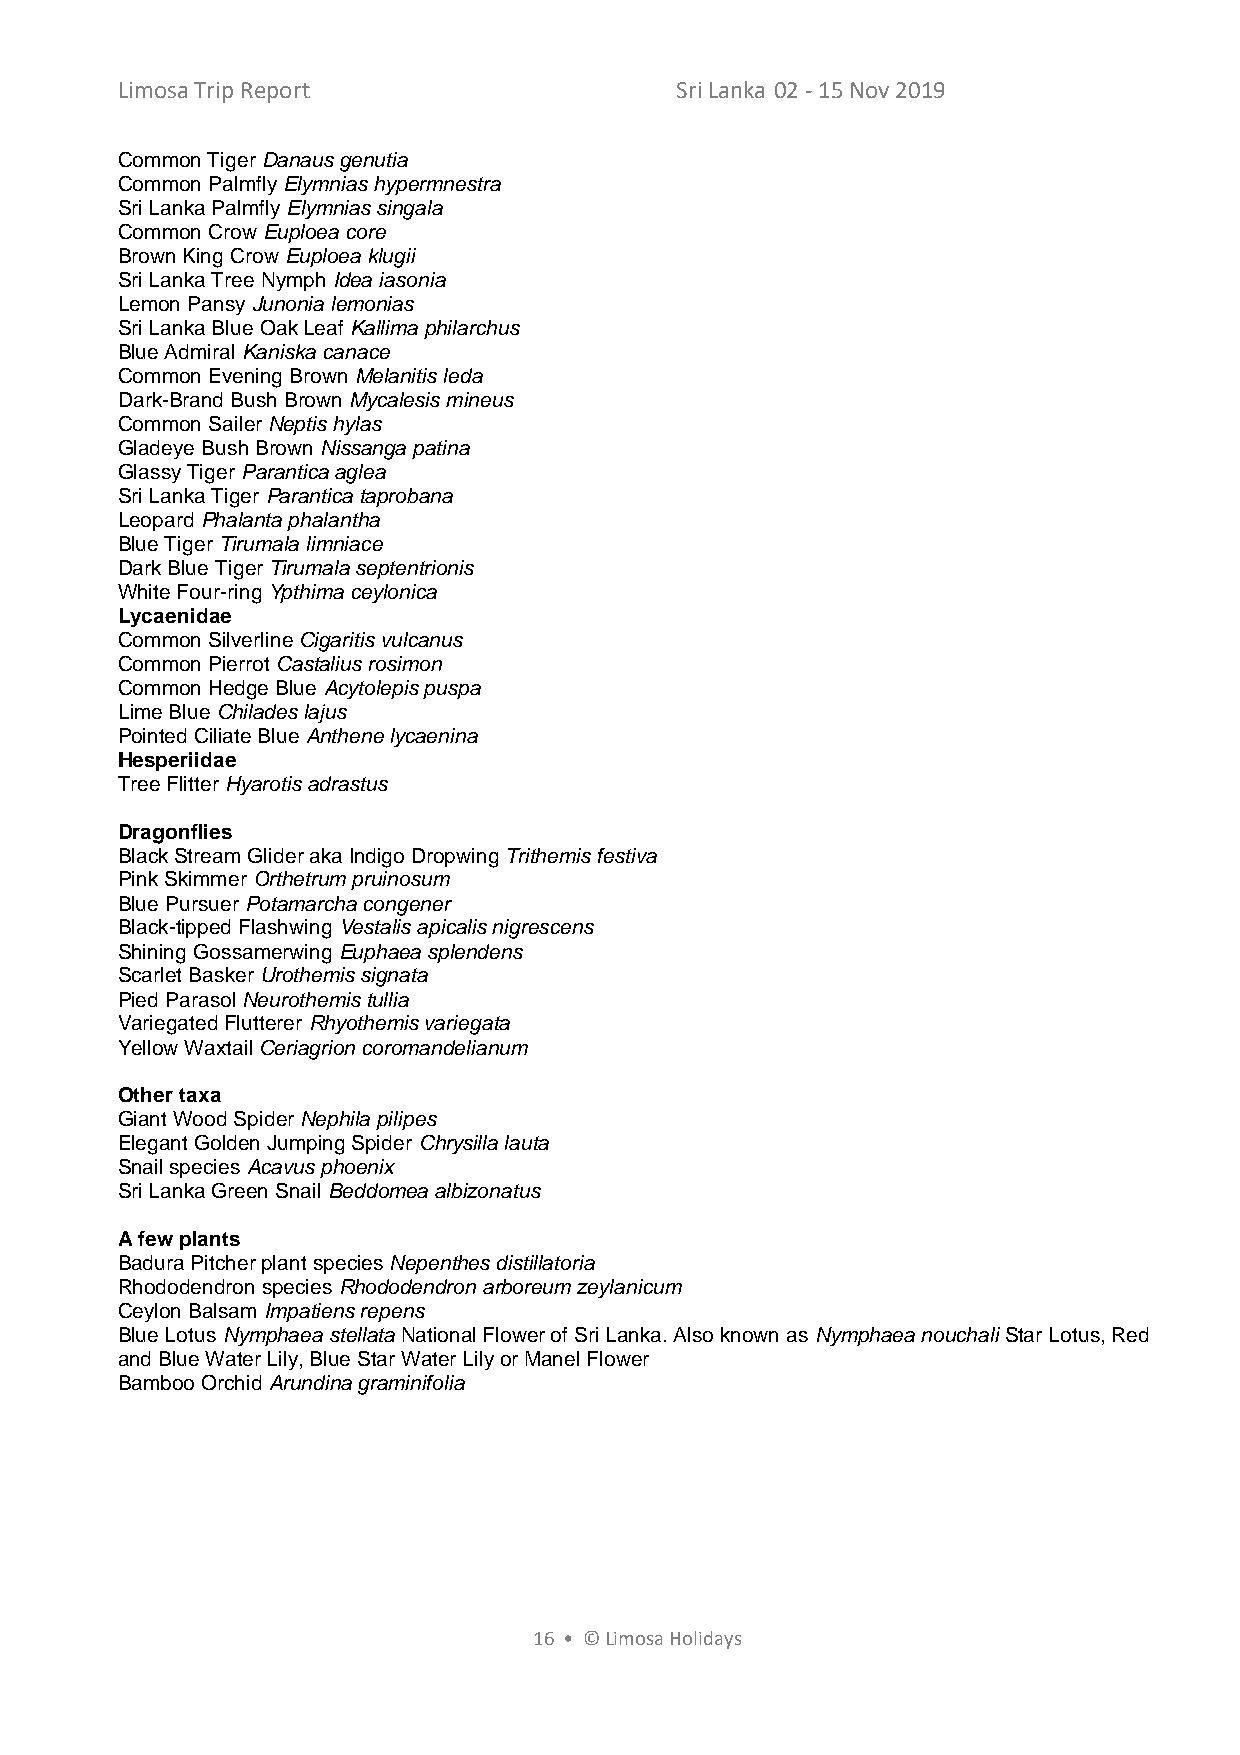
Limosa Trip Report                   Sri Lanka 02 - 15 Nov 2019
 Common Tiger Danaus genutia
 Common Palmfly Elymnias hypermnestra
 Sri Lanka Palmfly Elymnias singala
 Common Crow Euploea core
 Brown King Crow Euploea klugii
 Sri Lanka Tree Nymph Idea iasonia
 Lemon Pansy Junonia lemonias
 Sri Lanka Blue Oak Leaf Kallima philarchus
 Blue Admiral Kaniska canace
 Common Evening Brown Melanitis leda
 Dark-Brand Bush Brown Mycalesis mineus
 Common Sailer Neptis hylas
 Gladeye Bush Brown Nissanga patina
 Glassy Tiger Parantica aglea
 Sri Lanka Tiger Parantica taprobana
 Leopard Phalanta phalantha
 Blue Tiger Tirumala limniace
 Dark Blue Tiger Tirumala septentrionis
 White Four-ring Ypthima ceylonica
 Lycaenidae
 Common Silverline Cigaritis vulcanus
 Common Pierrot Castalius rosimon
 Common Hedge Blue Acytolepis puspa
 Lime Blue Chilades lajus
 Pointed Ciliate Blue Anthene lycaenina
 Hesperiidae
 Tree Flitter Hyarotis adrastus
 Dragonflies
 Black Stream Glider aka Indigo Dropwing Trithemis festiva
 Pink Skimmer Orthetrum pruinosum
 Blue Pursuer Potamarcha congener
 Black-tipped Flashwing Vestalis apicalis nigrescens
 Shining Gossamerwing Euphaea splendens
 Scarlet Basker Urothemis signata
 Pied Parasol Neurothemis tullia
 Variegated Flutterer Rhyothemis variegata
 Yellow Waxtail Ceriagrion coromandelianum
 Other taxa
 Giant Wood Spider Nephila pilipes
 Elegant Golden Jumping Spider Chrysilla lauta
 Snail species Acavus phoenix
 Sri Lanka Green Snail Beddomea albizonatus
 A few plants
 Badura Pitcher plant species Nepenthes distillatoria
 Rhododendron species Rhododendron arboreum zeylanicum
 Ceylon Balsam Impatiens repens
 Blue Lotus Nymphaea stellata National Flower of Sri Lanka. Also known as Nymphaea nouchali Star Lotus, Red
 and Blue Water Lily, Blue Star Water Lily or Manel Flower
 Bamboo Orchid Arundina graminifolia
 16 • © Limosa Holidays